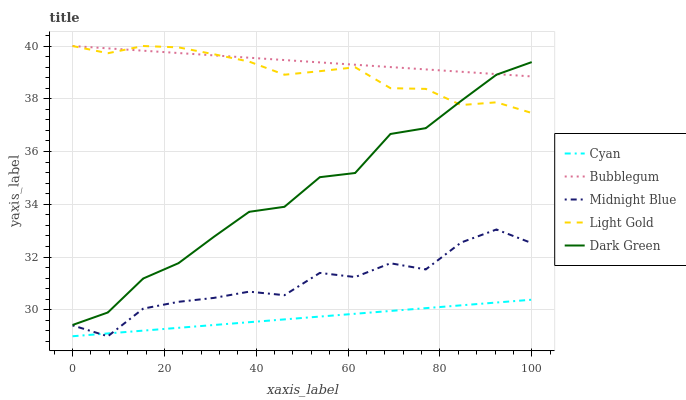
| xaxis_label | Cyan | Bubblegum | Midnight Blue | Light Gold | Dark Green |
 | --- | --- | --- | --- | --- | --- |
 | 0 | 29 | 40 | 29.4 | 40 | 29.4 |
 | 7.69 | 29.1 | 39.9 | 29 | 39.7 | 29.9 |
 | 15.4 | 29.2 | 39.8 | 30 | 40 | 31.2 |
 | 23.1 | 29.3 | 39.7 | 30.3 | 39.9 | 31.8 |
 | 30.8 | 29.4 | 39.6 | 30.5 | 39.7 | 32.8 |
 | 38.5 | 29.5 | 39.6 | 30.7 | 39.4 | 33.7 |
 | 46.2 | 29.6 | 39.5 | 30.6 | 38.9 | 33.9 |
 | 53.8 | 29.7 | 39.4 | 31.4 | 39 | 35 |
 | 61.5 | 29.9 | 39.3 | 31.2 | 39.2 | 35.2 |
 | 69.2 | 30 | 39.2 | 31.8 | 38.4 | 36.7 |
 | 76.9 | 30.1 | 39.1 | 31.5 | 38.4 | 36.9 |
 | 84.6 | 30.2 | 39 | 32.6 | 37.8 | 37.9 |
 | 92.3 | 30.3 | 38.9 | 33 | 37.9 | 38.9 |
 | 100 | 30.4 | 38.8 | 32.5 | 37.5 | 39.4 |